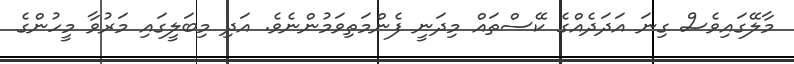
މާލޭގައިވެސް ގިނަ އަދަދެއްގެ ކޭސްތައް މިދަނީ ފެންމަތިވަމުންނެވެ. އަދި މިބަލީގައި މަރުވާ މީހުންގެ